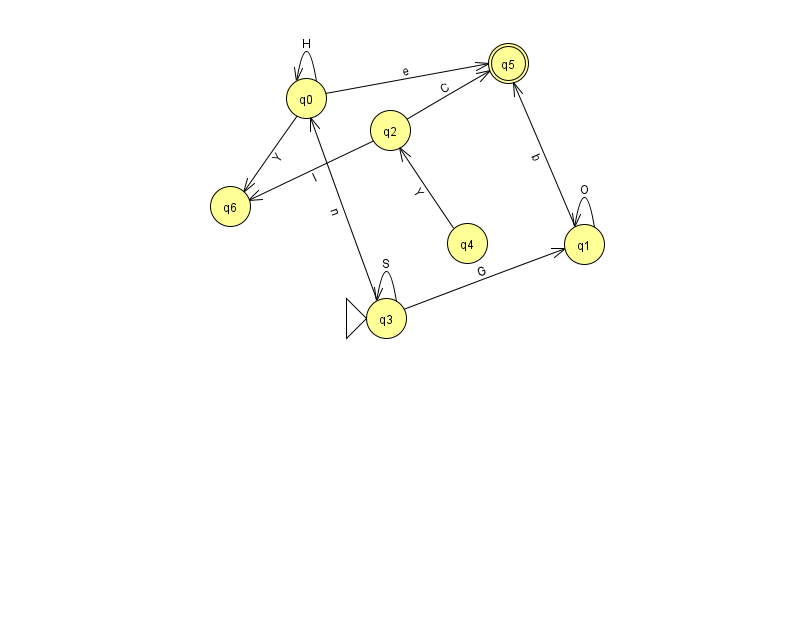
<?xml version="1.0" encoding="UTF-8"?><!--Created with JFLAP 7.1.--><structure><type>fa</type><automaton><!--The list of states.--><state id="0" name="q0"><x>306.0</x><y>85.0</y></state><state id="1" name="q1"><x>584.0</x><y>231.0</y></state><state id="2" name="q2"><x>390.0</x><y>117.0</y></state><state id="3" name="q3"><x>386.0</x><y>305.0</y><initial/></state><state id="4" name="q4"><x>467.0</x><y>230.0</y></state><state id="5" name="q5"><x>508.0</x><y>50.0</y><final/></state><state id="6" name="q6"><x>230.0</x><y>193.0</y></state><!--The list of transitions.--><transition><from>4</from><to>2</to><read>Y</read></transition><transition><from>3</from><to>0</to><read>n</read></transition><transition><from>3</from><to>3</to><read>S</read></transition><transition><from>0</from><to>6</to><read>Y</read></transition><transition><from>2</from><to>5</to><read>C</read></transition><transition><from>0</from><to>0</to><read>H</read></transition><transition><from>1</from><to>5</to><read>b</read></transition><transition><from>3</from><to>1</to><read>G</read></transition><transition><from>2</from><to>6</to><read>I</read></transition><transition><from>0</from><to>5</to><read>e</read></transition><transition><from>1</from><to>1</to><read>O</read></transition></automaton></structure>